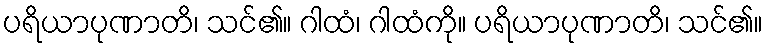
ပရိယာပုဏာတိ၊ သင်၏။ ဂါထံ၊ ဂါထံကို။ ပရိယာပုဏာတိ၊ သင်၏။